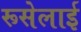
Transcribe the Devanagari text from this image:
रूसेलाई